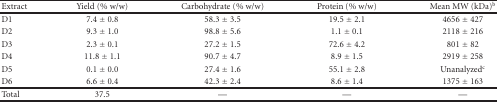
<table><thead><tr><td><b>Extract</b></td><td><b>Yield (% w/w)</b></td><td><b>Carbohydrate (% w/w)</b></td><td><b>Protein (% w/w)</b></td><td><b>Mean MW (kDa)<sup>b</sup></b></td></tr></thead><tbody><tr><td>D1</td><td>7.4 ± 0.8</td><td>58.3 ± 3.5</td><td>19.5 ± 2.1</td><td>4656 ± 427</td></tr><tr><td>D2</td><td>9.3 ± 1.0</td><td>98.8 ± 5.6</td><td>1.1 ± 0.1</td><td>2118 ± 216</td></tr><tr><td>D3</td><td>2.3 ± 0.1</td><td>27.2 ± 1.5</td><td>72.6 ± 4.2</td><td>801 ± 82</td></tr><tr><td>D4</td><td>11.8 ± 1.1</td><td>90.7 ± 4.7</td><td>8.9 ± 1.5</td><td>2919 ± 258</td></tr><tr><td>D5</td><td>0.1 ± 0.0</td><td>27.4 ± 1.6</td><td>55.1 ± 2.8</td><td>Unanalyzed<sup>c</sup></td></tr><tr><td>D6</td><td>6.6 ± 0.4</td><td>42.3 ± 2.4</td><td>8.6 ± 1.4</td><td>1375 ± 163</td></tr><tr><td>Total</td><td>37.5</td><td>—</td><td>—</td><td>—</td></tr></tbody></table>